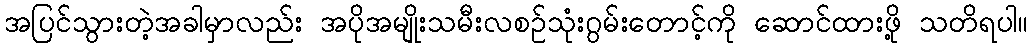
အပြင်သွားတဲ့အခါမှာလည်း အပိုအမျိုးသမီးလစဉ်သုံးဂွမ်းတောင့်ကို ဆောင်ထားဖို့ သတိရပါ။